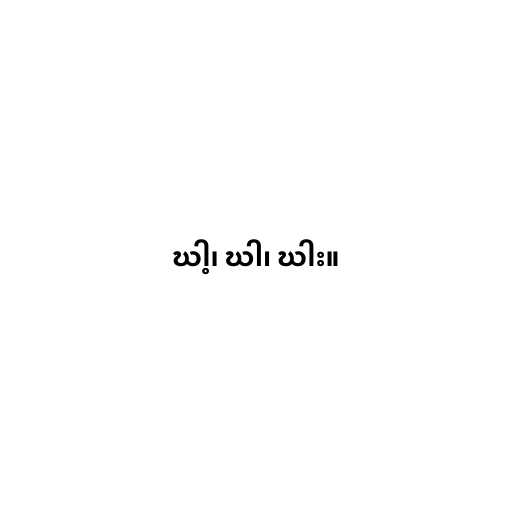
ဃါ့၊ ဃါ၊ ဃါး။